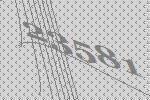
23581